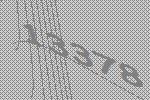
13378